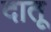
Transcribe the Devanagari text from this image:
दातू